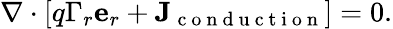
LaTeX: \mathbf{\nabla}\cdot\left[q\Gamma_{r}\mathbf{e}_{r}+\mathbf{J}_{\mathrm{~c~o~n~d~u~c~t~i~o~n~}}\right]=0.